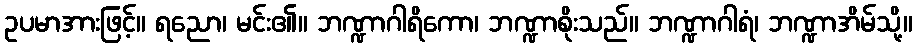
ဥပမာအားဖြင့်။ ရညော၊ မင်း၏။ ဘဏ္ဍာဂါရိကော၊ ဘဏ္ဍာစိုးသည်။ ဘဏ္ဍာဂါရံ၊ ဘဏ္ဍာအိမ်သို့။